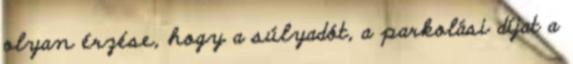
olyan érzése, hogy a súlyadót, a parkolási díjat a